65_HS1-834228961_62-HQ-83894_Section_10
Agency: FBI
Page 183
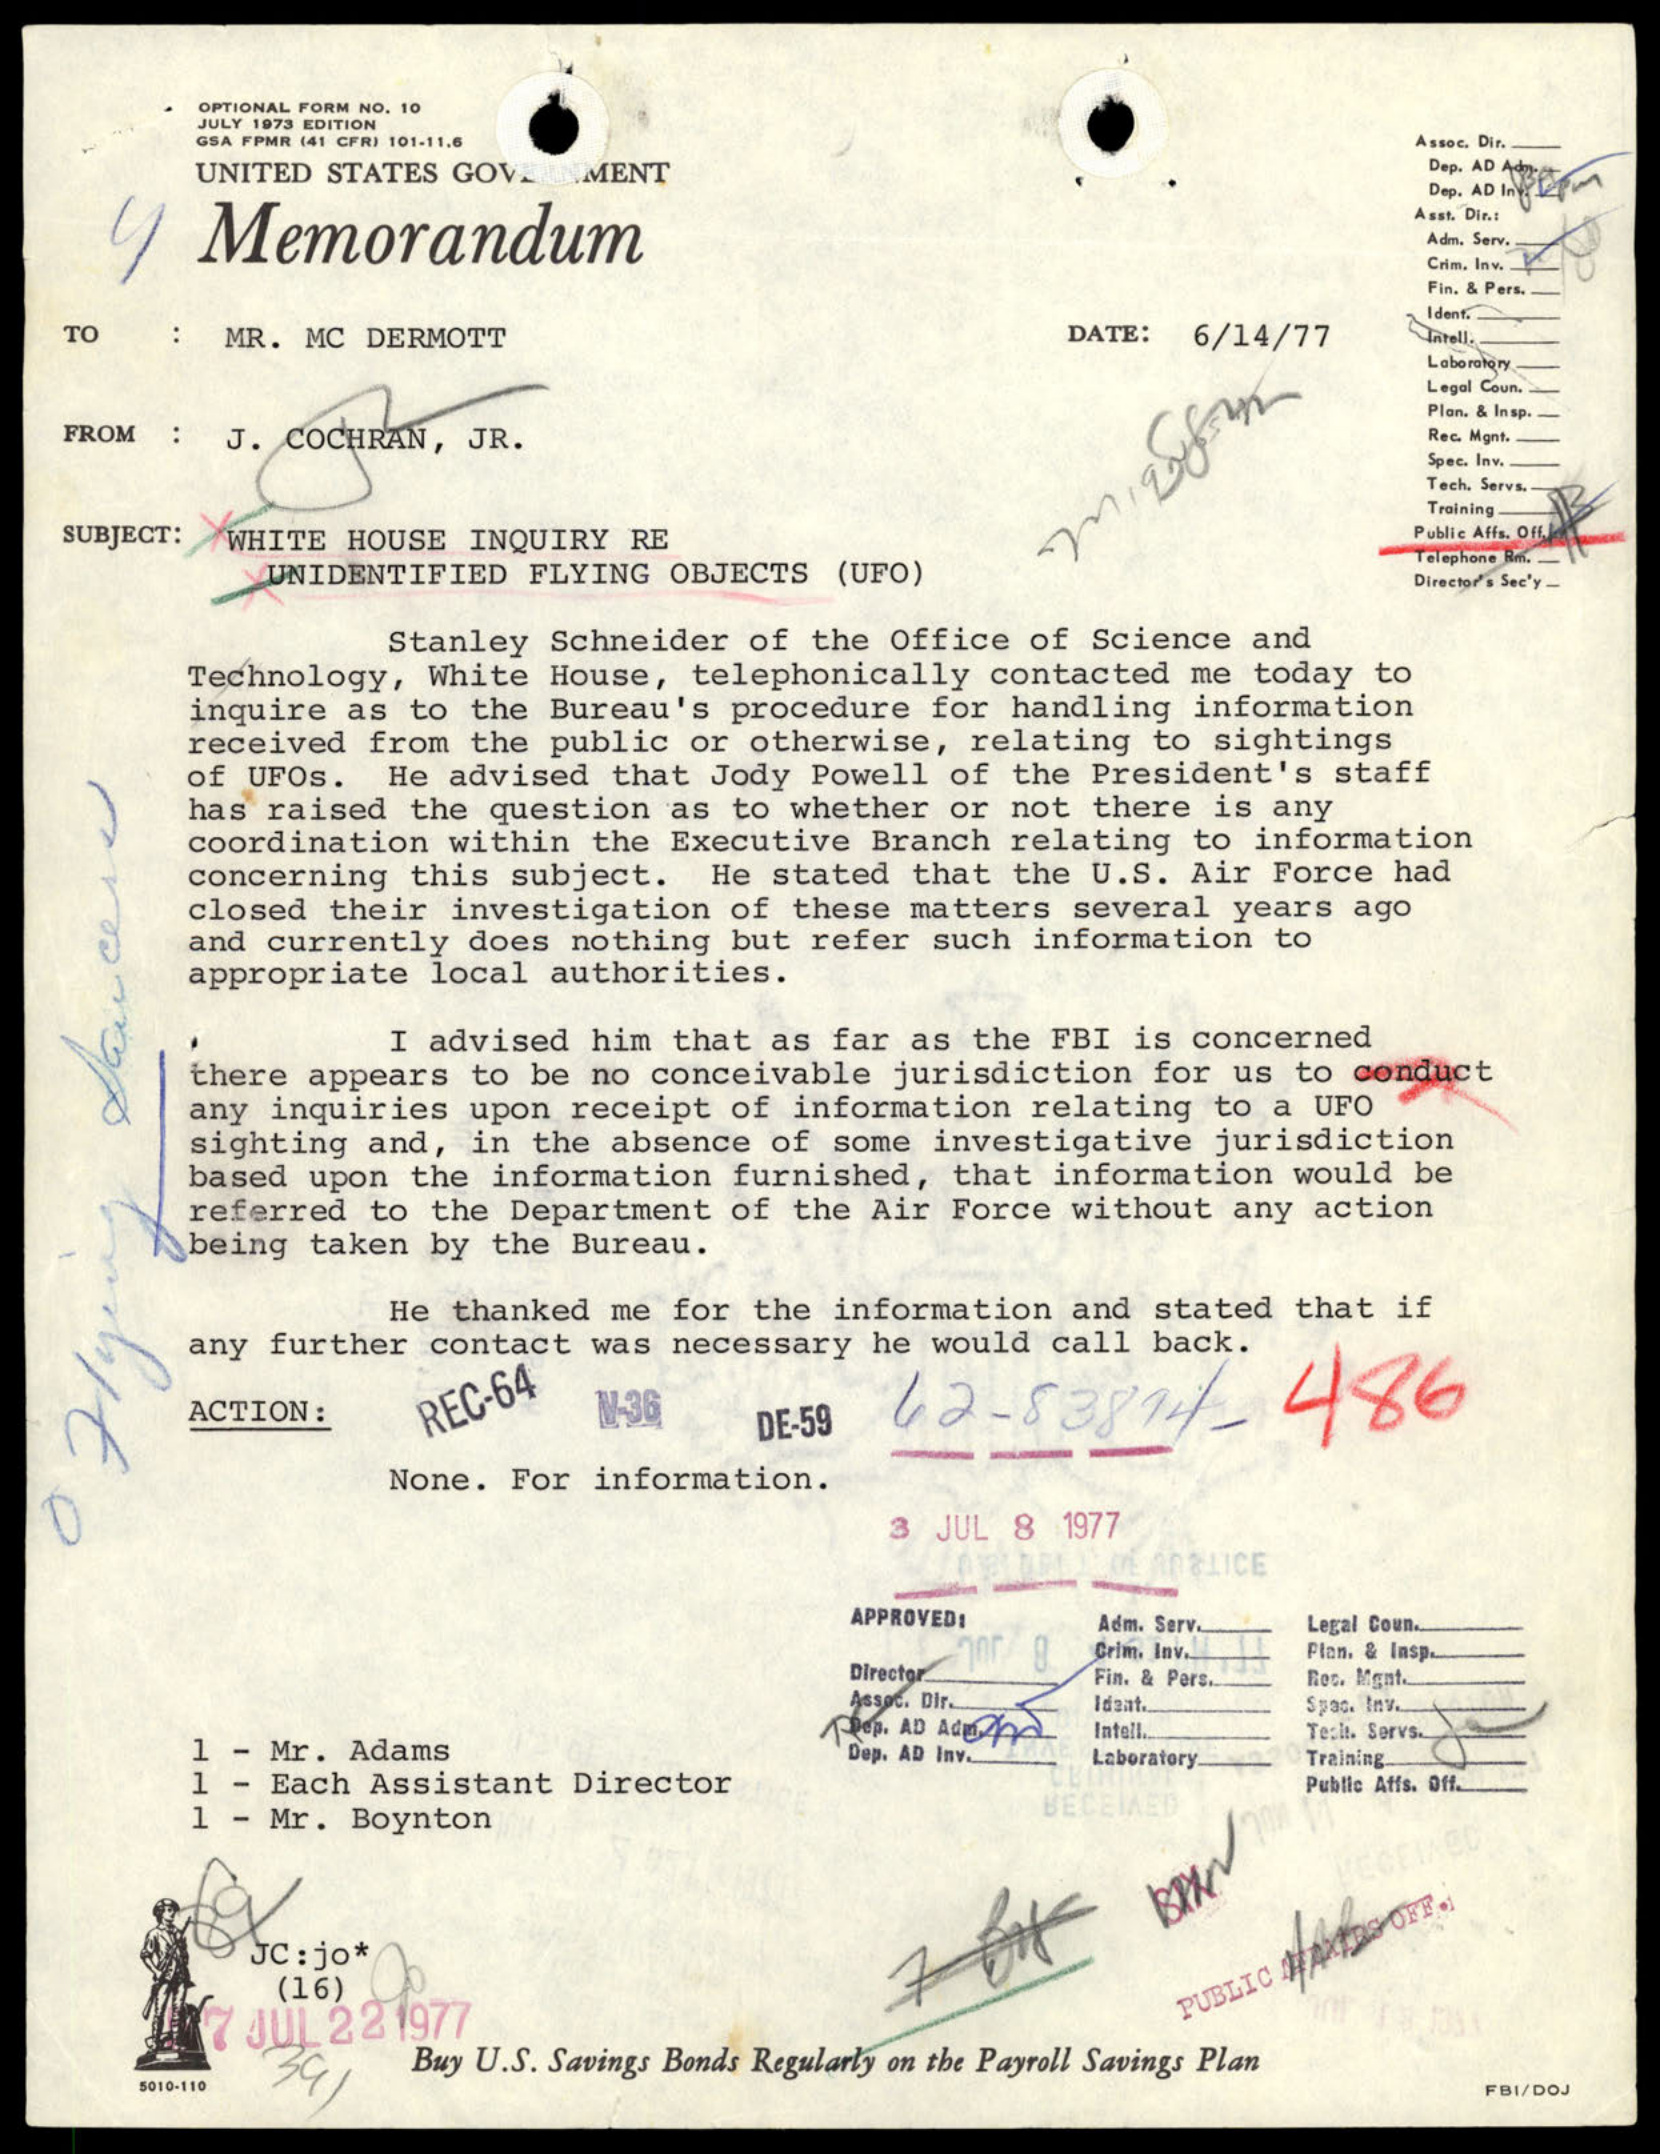